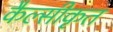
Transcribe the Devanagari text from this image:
कैल्सीकृत